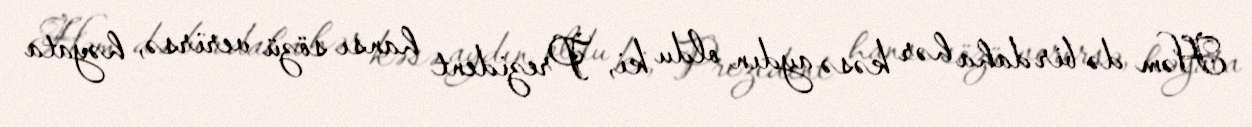
Həm də bir daha hər kəsə aydın oldu ki, Prezident hansı sözü verirsə, həyata